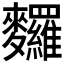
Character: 𪎆